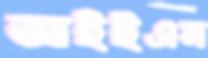
আইইএম